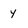
Character: y